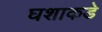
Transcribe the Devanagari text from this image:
घशाकडे